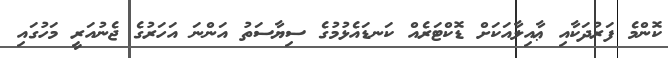
ކޮންމެ ފަރުދަކާއި ޢާއިލާއަކަށް ޑޮކްޓަރެއް ކަނޑައެޅުމުގެ ސިޔާސަތު އަންނަ އަހަރުގެ ޖެނުއަރީ މަހުގައި